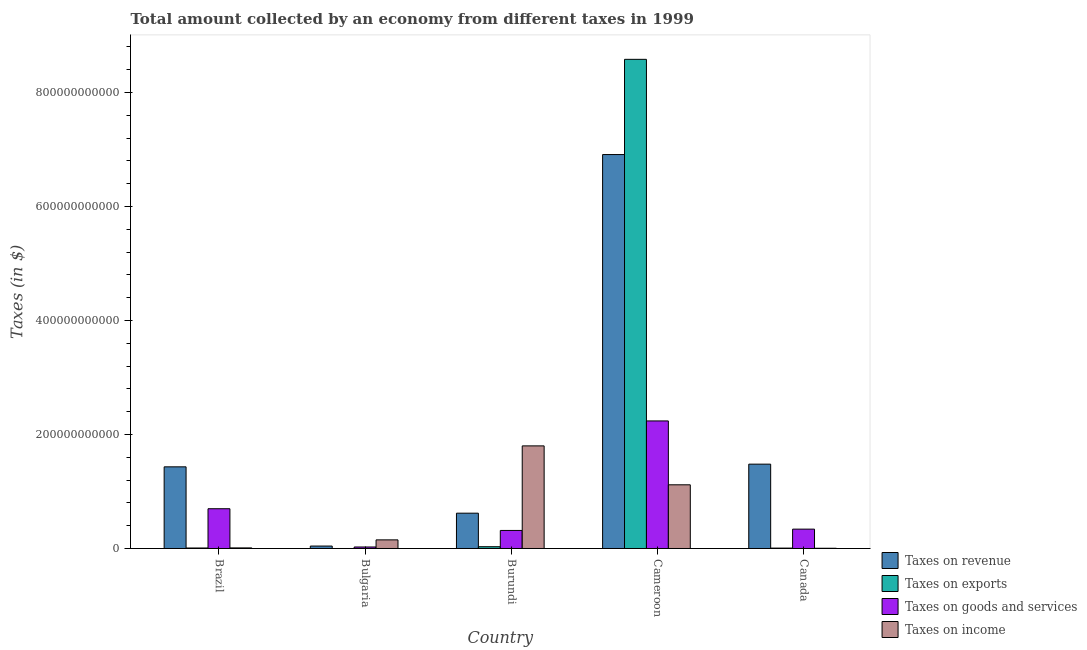
| Country | Taxes on revenue | Taxes on exports | Taxes on goods and services | Taxes on income |
 | --- | --- | --- | --- | --- |
 | Brazil | 1.43e+11 | 8.8e+08 | 6.97e+10 | 1.03e+09 |
 | Bulgaria | 4.26e+09 | -5.35e+07 | 2.63e+09 | 1.51e+10 |
 | Burundi | 6.19e+10 | 3.12e+09 | 3.16e+10 | 1.8e+11 |
 | Cameroon | 6.91e+11 | 8.58e+11 | 2.24e+11 | 1.12e+11 |
 | Canada | 1.48e+11 | 6.7e+08 | 3.39e+10 | 4.08e+08 |